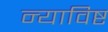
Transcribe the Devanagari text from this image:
न्याविष्ट